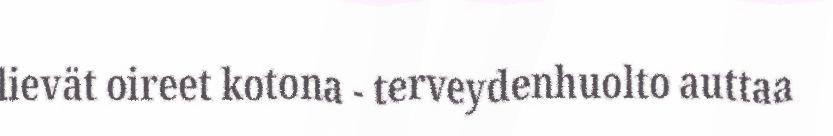
lievät oireet kotona - terveydenhuolto auttaa